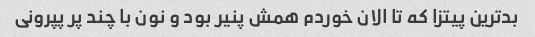
بدترین پیتزا که تا الان خوردم همش پنیر بود و نون با چند پر پپرونی